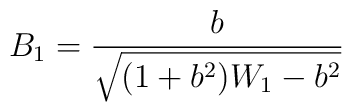
B_1 = \frac{b}{\sqrt{(1 + b^2) W_1 - b^2}}